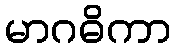
မာဂဓိကာ